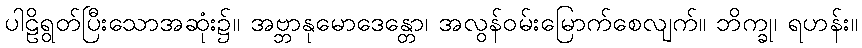
ပါဠိရွတ်ပြီးသောအဆုံး၌။ အဗ္ဘာနုမောဒေန္တော၊ အလွန်ဝမ်းမြောက်စေလျက်။ ဘိက္ခု၊ ရဟန်း။